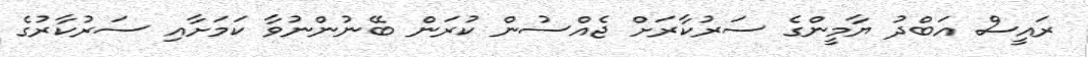
ރައީސް އަބްދު ޔާމީންގެ ސަރުކާރަށް ޖެއްސުން ކުރަން ބޭނުންނުވާ ކަމަށާއި ސަރުކާރުގެ